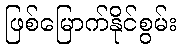
ဖြစ်မြောက်နိုင်စွမ်း